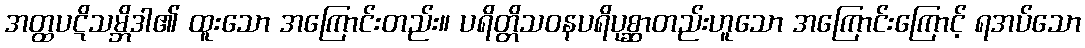
အတ္ထပဋိသမ္ဘိဒါ၏ ထူးသော အကြောင်းတည်း။ ပရိတ္တိသဝနပရိပုစ္ဆာတည်းဟူသော အကြောင်းကြောင့် ရအပ်သော